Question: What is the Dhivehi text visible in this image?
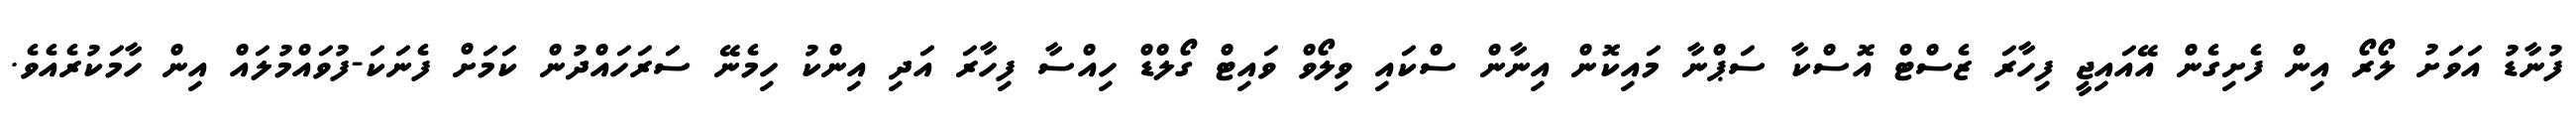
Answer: ފުނާޑު އަވަށު ލޯރޯ އިން ފެށިގެން އޭއައިޖީ ފިހާރަ ޒެސްޓް އޮސްކާ ސަޕްނާ މައިކޮން އިނާން ސްކައި ވިލޯވް ވައިޓް ގޯލްޑް ހިއްސާ ފިހާރަ އަދި އިންކު ހިމެނޭ ސަރަހައްދުން ކަމަށް ފެނަކަ-ފުވައްމުލައް އިން ހާމަކުރެއެވެ.